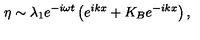
\eta \sim \lambda _ { 1 } e ^ { - i \omega t } \left( e ^ { i k x } + K _ { B } e ^ { - i k x } \right) ,